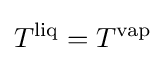
T^{\text{liq}}=T^{\text{vap}}